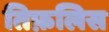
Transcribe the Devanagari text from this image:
तिफ़लिस